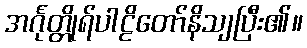
အင်္ဂုတ္တိုရ်ပါဠိတော်နိသျပြီး၏။